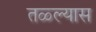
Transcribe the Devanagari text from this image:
तळ्ल्यास